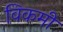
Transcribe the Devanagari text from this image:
विकमी